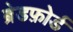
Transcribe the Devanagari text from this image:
ब्रेडफ़ोर्ड